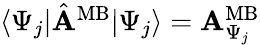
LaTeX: \begin{array}{r}{\langle\Psi_{j}|\hat{\mathbf A}^{\mathrm{MB}}|\Psi_{j}\rangle={\mathbf A}_{\Psi_{j}}^{\mathrm{MB}}}\end{array}